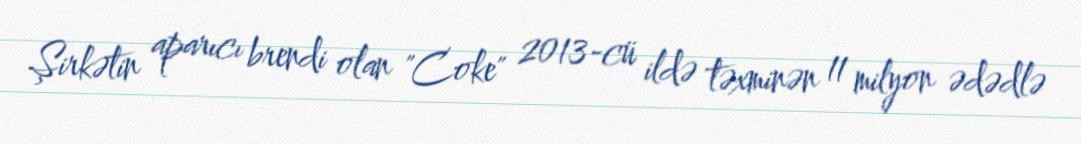
Şirkətin aparıcı brendi olan "Coke" 2013-cü ildə təxminən 11 milyon ədədlə